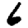
Digit: 6